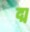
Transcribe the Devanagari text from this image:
द्म